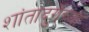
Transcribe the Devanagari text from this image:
शांतादुर्गेच्या